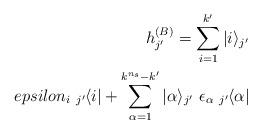
\begin{align*}h_{j'}^{(B)} = \sum _{i=1}^{k'} |i\rangle_{j'} \\epsilon _i \ _{j'} \hspace*{-1pt} \langle i| + \sum _{\alpha=1}^{k^{n_s}-k'} |\alpha \rangle_{j'} \ \epsilon _{\alpha } \ _{j'}\hspace*{-1pt} \langle \alpha | \end{align*}